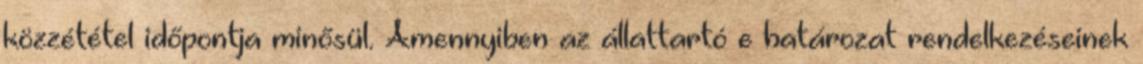
közzététel időpontja minősül. Amennyiben az állattartó e határozat rendelkezéseinek